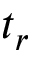
t _ { r }